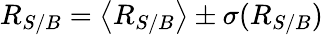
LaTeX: R_{S/B}=\left<R_{S/B}\right>\pm\sigma(R_{S/B})